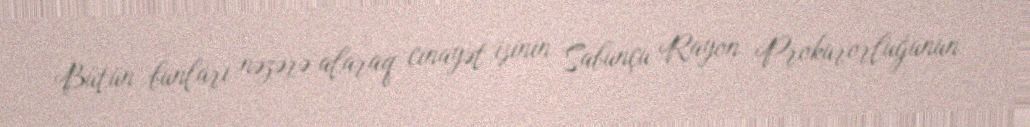
Bütün bunları nəzərə alaraq cinayət işinin Sabunçu Rayon Prokurorluğunun